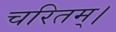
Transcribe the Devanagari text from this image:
चरितम्।